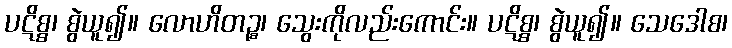
ပဋိစ္စ၊ စွဲယူ၍။ လောဟိတဉ္စ၊ သွေးကိုလည်းကောင်း။ ပဋိစ္စ၊ စွဲယူ၍။ သေဒေါစ၊